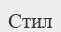
Стил